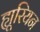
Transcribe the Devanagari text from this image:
ह्यूरियन